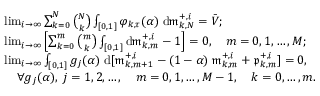
\begin{array} { r l } & { \operatorname* { l i m } _ { i \to \infty } \sum _ { k = 0 } ^ { N } { \binom { N } { k } } \int _ { [ 0 , 1 ] } \varphi _ { k , \tau } ( \alpha ) \; \mathrm { d } \mathfrak { m } _ { k , N } ^ { + , i } = \bar { V } ; } \\ & { \operatorname* { l i m } _ { i \to \infty } \left[ \sum _ { k = 0 } ^ { m } { \binom { m } { k } } \int _ { [ 0 , 1 ] } \mathrm { d } \mathfrak { m } _ { k , m } ^ { + , i } - 1 \right] = 0 , \ \ \ m = 0 , 1 , \ldots , M ; } \\ & { \operatorname* { l i m } _ { i \to \infty } \int _ { [ 0 , 1 ] } g _ { j } ( \alpha ) \; \mathrm { d } [ \mathfrak { m } _ { k , m + 1 } ^ { + , i } - ( 1 - \alpha ) \; \mathfrak { m } _ { k , m } ^ { + , i } + \mathfrak { p } _ { k , m } ^ { + , i } ] = 0 , } \\ & { \quad \forall g _ { j } ( \alpha ) , \; j = 1 , 2 , \ldots , \ \ \ m = 0 , 1 , \ldots , M - 1 , \ \ \ k = 0 , \ldots , m . } \end{array}